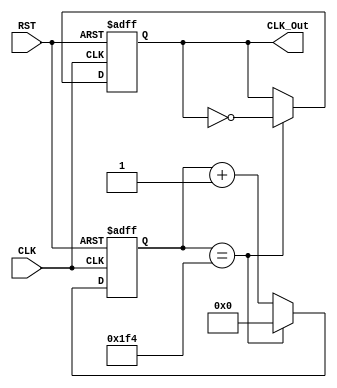
module counterDivider( CLK, RST, CLK_Out ); /*  Use 50MHz OSC */

    //  1kHz 1ms
    parameter size = 16;
    parameter countDivider = 16'd1_000;
    localparam countDivider_D2  = countDivider / 2;

    input CLK, RST;
    output reg CLK_Out;

    reg [size-1:0] Cnt = 0;

    always @(posedge CLK or posedge RST ) begin
        if( RST ) begin
            Cnt <= 0;
            CLK_Out <= 0;
        end else if( Cnt == countDivider_D2 ) begin
            Cnt <= 0;
            CLK_Out <= ~CLK_Out;
        end else
            Cnt <= Cnt + 1'b1;
    end

endmodule